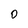
Character: 0